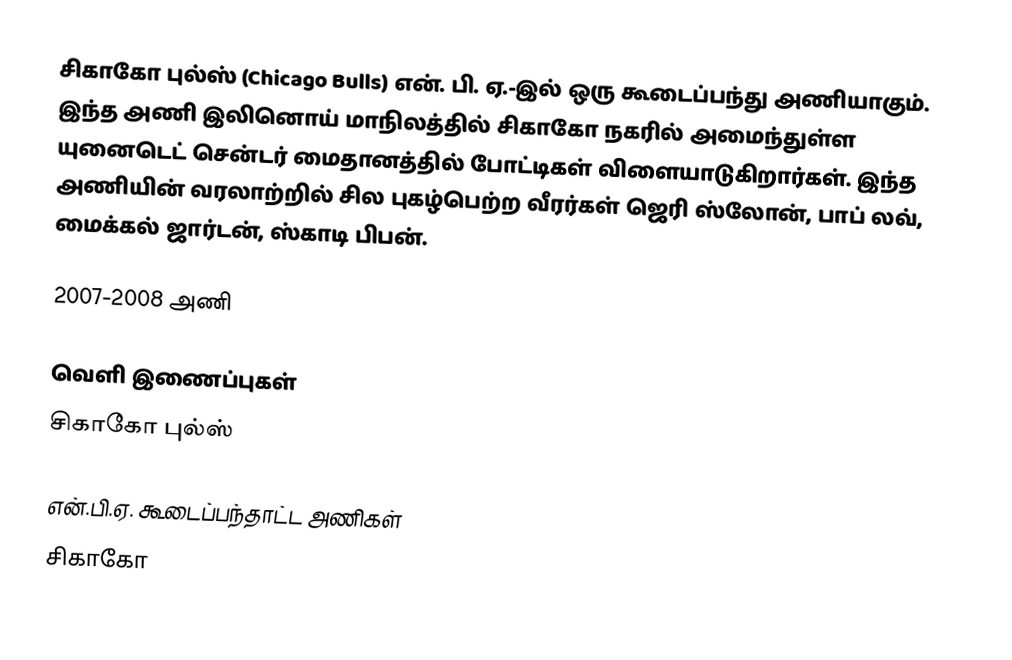
சிகாகோ புல்ஸ் (Chicago Bulls) என். பி. ஏ.-இல் ஒரு கூடைப்பந்து அணியாகும். இந்த அணி இலினொய் மாநிலத்தில் சிகாகோ நகரில் அமைந்துள்ள  யுனைடெட் சென்டர் மைதானத்தில் போட்டிகள் விளையாடுகிறார்கள். இந்த அணியின் வரலாற்றில் சில புகழ்பெற்ற வீரர்கள் ஜெரி ஸ்லோன், பாப் லவ், மைக்கல் ஜார்டன், ஸ்காடி பிபன்.

2007-2008 அணி

வெளி இணைப்புகள்
 சிகாகோ புல்ஸ்

என்.பி.ஏ. கூடைப்பந்தாட்ட அணிகள்
சிகாகோ